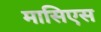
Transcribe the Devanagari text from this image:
मासिएस